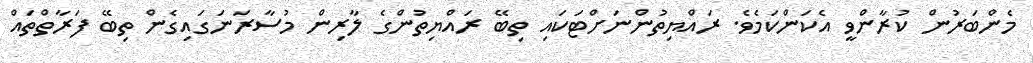
މެންބަރުން ކުރާންވީ އެކަންކަމެވެ. ރައްޔިތުންނަށްޓަކައި ތިބޭ ރައްޔިތުންގެ ލާރިން މުސާރަނަގައިގެން ތިބޭ ފަރާތްތައް